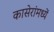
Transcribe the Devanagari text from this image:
कासेरांमध्यें